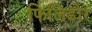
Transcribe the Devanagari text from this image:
फिलिडोर